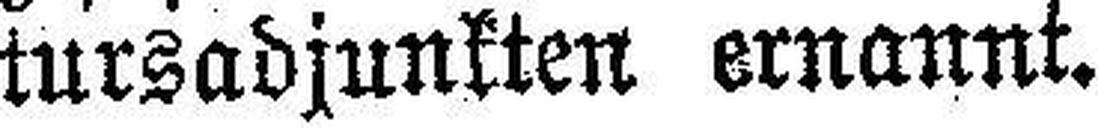
tursadjunkten ernannt.